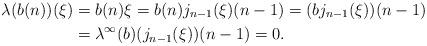
LaTeX: \begin{align*}\lambda(b(n))(\xi) &= b(n) \xi = b(n) j_{n-1}(\xi)(n-1) = (b j_{n-1}(\xi))(n-1) \\&= \lambda^\infty(b)(j_{n-1}(\xi))(n-1) = 0.\end{align*}